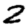
Digit: 2